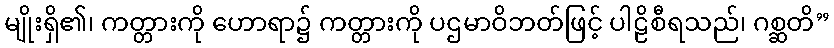
မျိုးရှိ၏၊ ကတ္တားကို ဟောရာ၌ ကတ္တားကို ပဌမာဝိဘတ်ဖြင့် ပါဠိစီရသည်၊ ဂစ္ဆတိ”